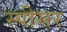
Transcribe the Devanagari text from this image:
स्पीसर